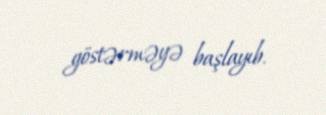
göstərməyə başlayıb.